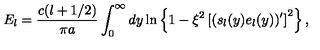
E _ { l } = \frac { c ( l + 1 / 2 ) } { \pi a } \int _ { 0 } ^ { \infty } d y \ln \left\{ 1 - \xi ^ { 2 } \left[ ( s _ { l } ( y ) e _ { l } ( y ) ) ^ { \prime } \right] ^ { 2 } \right\} ,